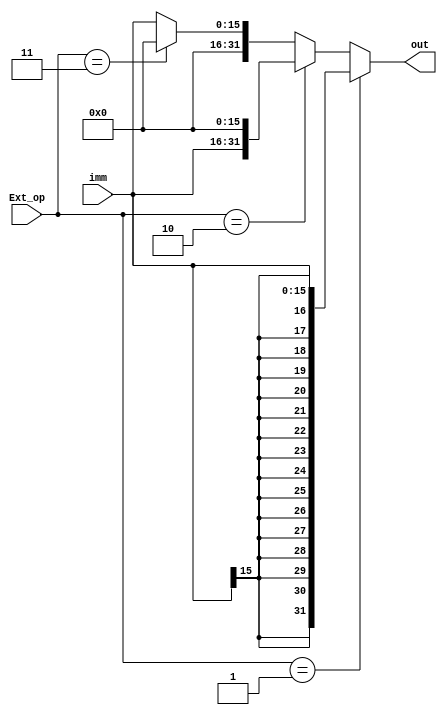
`timescale 1ns / 1ps
//////////////////////////////////////////////////////////////////////////////////
// Company: 
// Engineer: 
// 
// Design Name: 
// Module Name:    ext 
// Project Name: 
// Target Devices: 
// Tool versions: 
// Description: 
//
// Dependencies: 
//
// Revision: 
// Revision 0.01 - File Created
// Additional Comments: 
//
//////////////////////////////////////////////////////////////////////////////////
module ext(
    input [15:0] imm,
    input [1:0] Ext_op,
    output [31:0] out
    );
	 
	 assign out = (Ext_op == 1) ? { {16{imm[15]}} , imm} : // signed extend
					  (Ext_op == 2) ? {imm, 16'b0000_0000_0000_0000 } : // to high
					  (Ext_op == 3) ? {32'h00000000} : {16'b0000_0000_0000_0000, imm} ;
	

endmodule